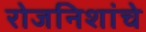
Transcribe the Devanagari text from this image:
रोजनिशांचे